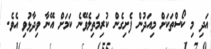
އަދި މި ކޯސްތަކަށް މިއަދުން ފެށިގެން ކުރިމަތިލެވޭނެ ކަމަށް އޭނާ ވިދާޅުވި އެވެ.